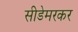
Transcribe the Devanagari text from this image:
सीडेमरकर